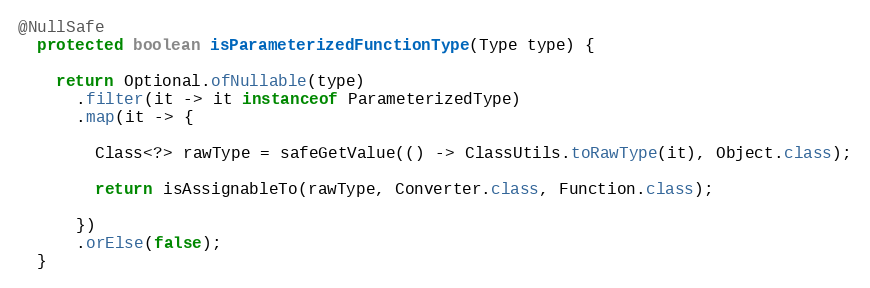
Language: Java
@NullSafe
  protected boolean isParameterizedFunctionType(Type type) {

    return Optional.ofNullable(type)
      .filter(it -> it instanceof ParameterizedType)
      .map(it -> {

        Class<?> rawType = safeGetValue(() -> ClassUtils.toRawType(it), Object.class);

        return isAssignableTo(rawType, Converter.class, Function.class);

      })
      .orElse(false);
  }